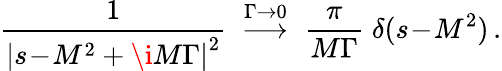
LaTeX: \frac{1}{\left|s\! -\! M^{2}+\i M\Gamma\right|^{2}}\; \stackrel{\Gamma\to 0}{\longrightarrow}\; \frac{\pi}{M\Gamma}\; \delta(s\! -\! M^{2})\, .